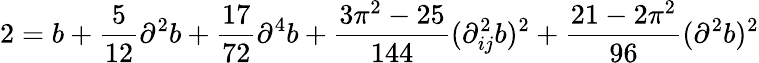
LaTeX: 2=b+\frac{5}{12}\partial^{2}b+\frac{17}{72}\partial^{4}b+\frac{3\pi^{2}-25}{144}(\partial_{ij}^{2}b)^{2}+\frac{21-2\pi^{2}}{96}(\partial^{2}b)^{2}